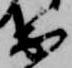
出